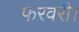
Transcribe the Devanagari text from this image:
फरवरी।